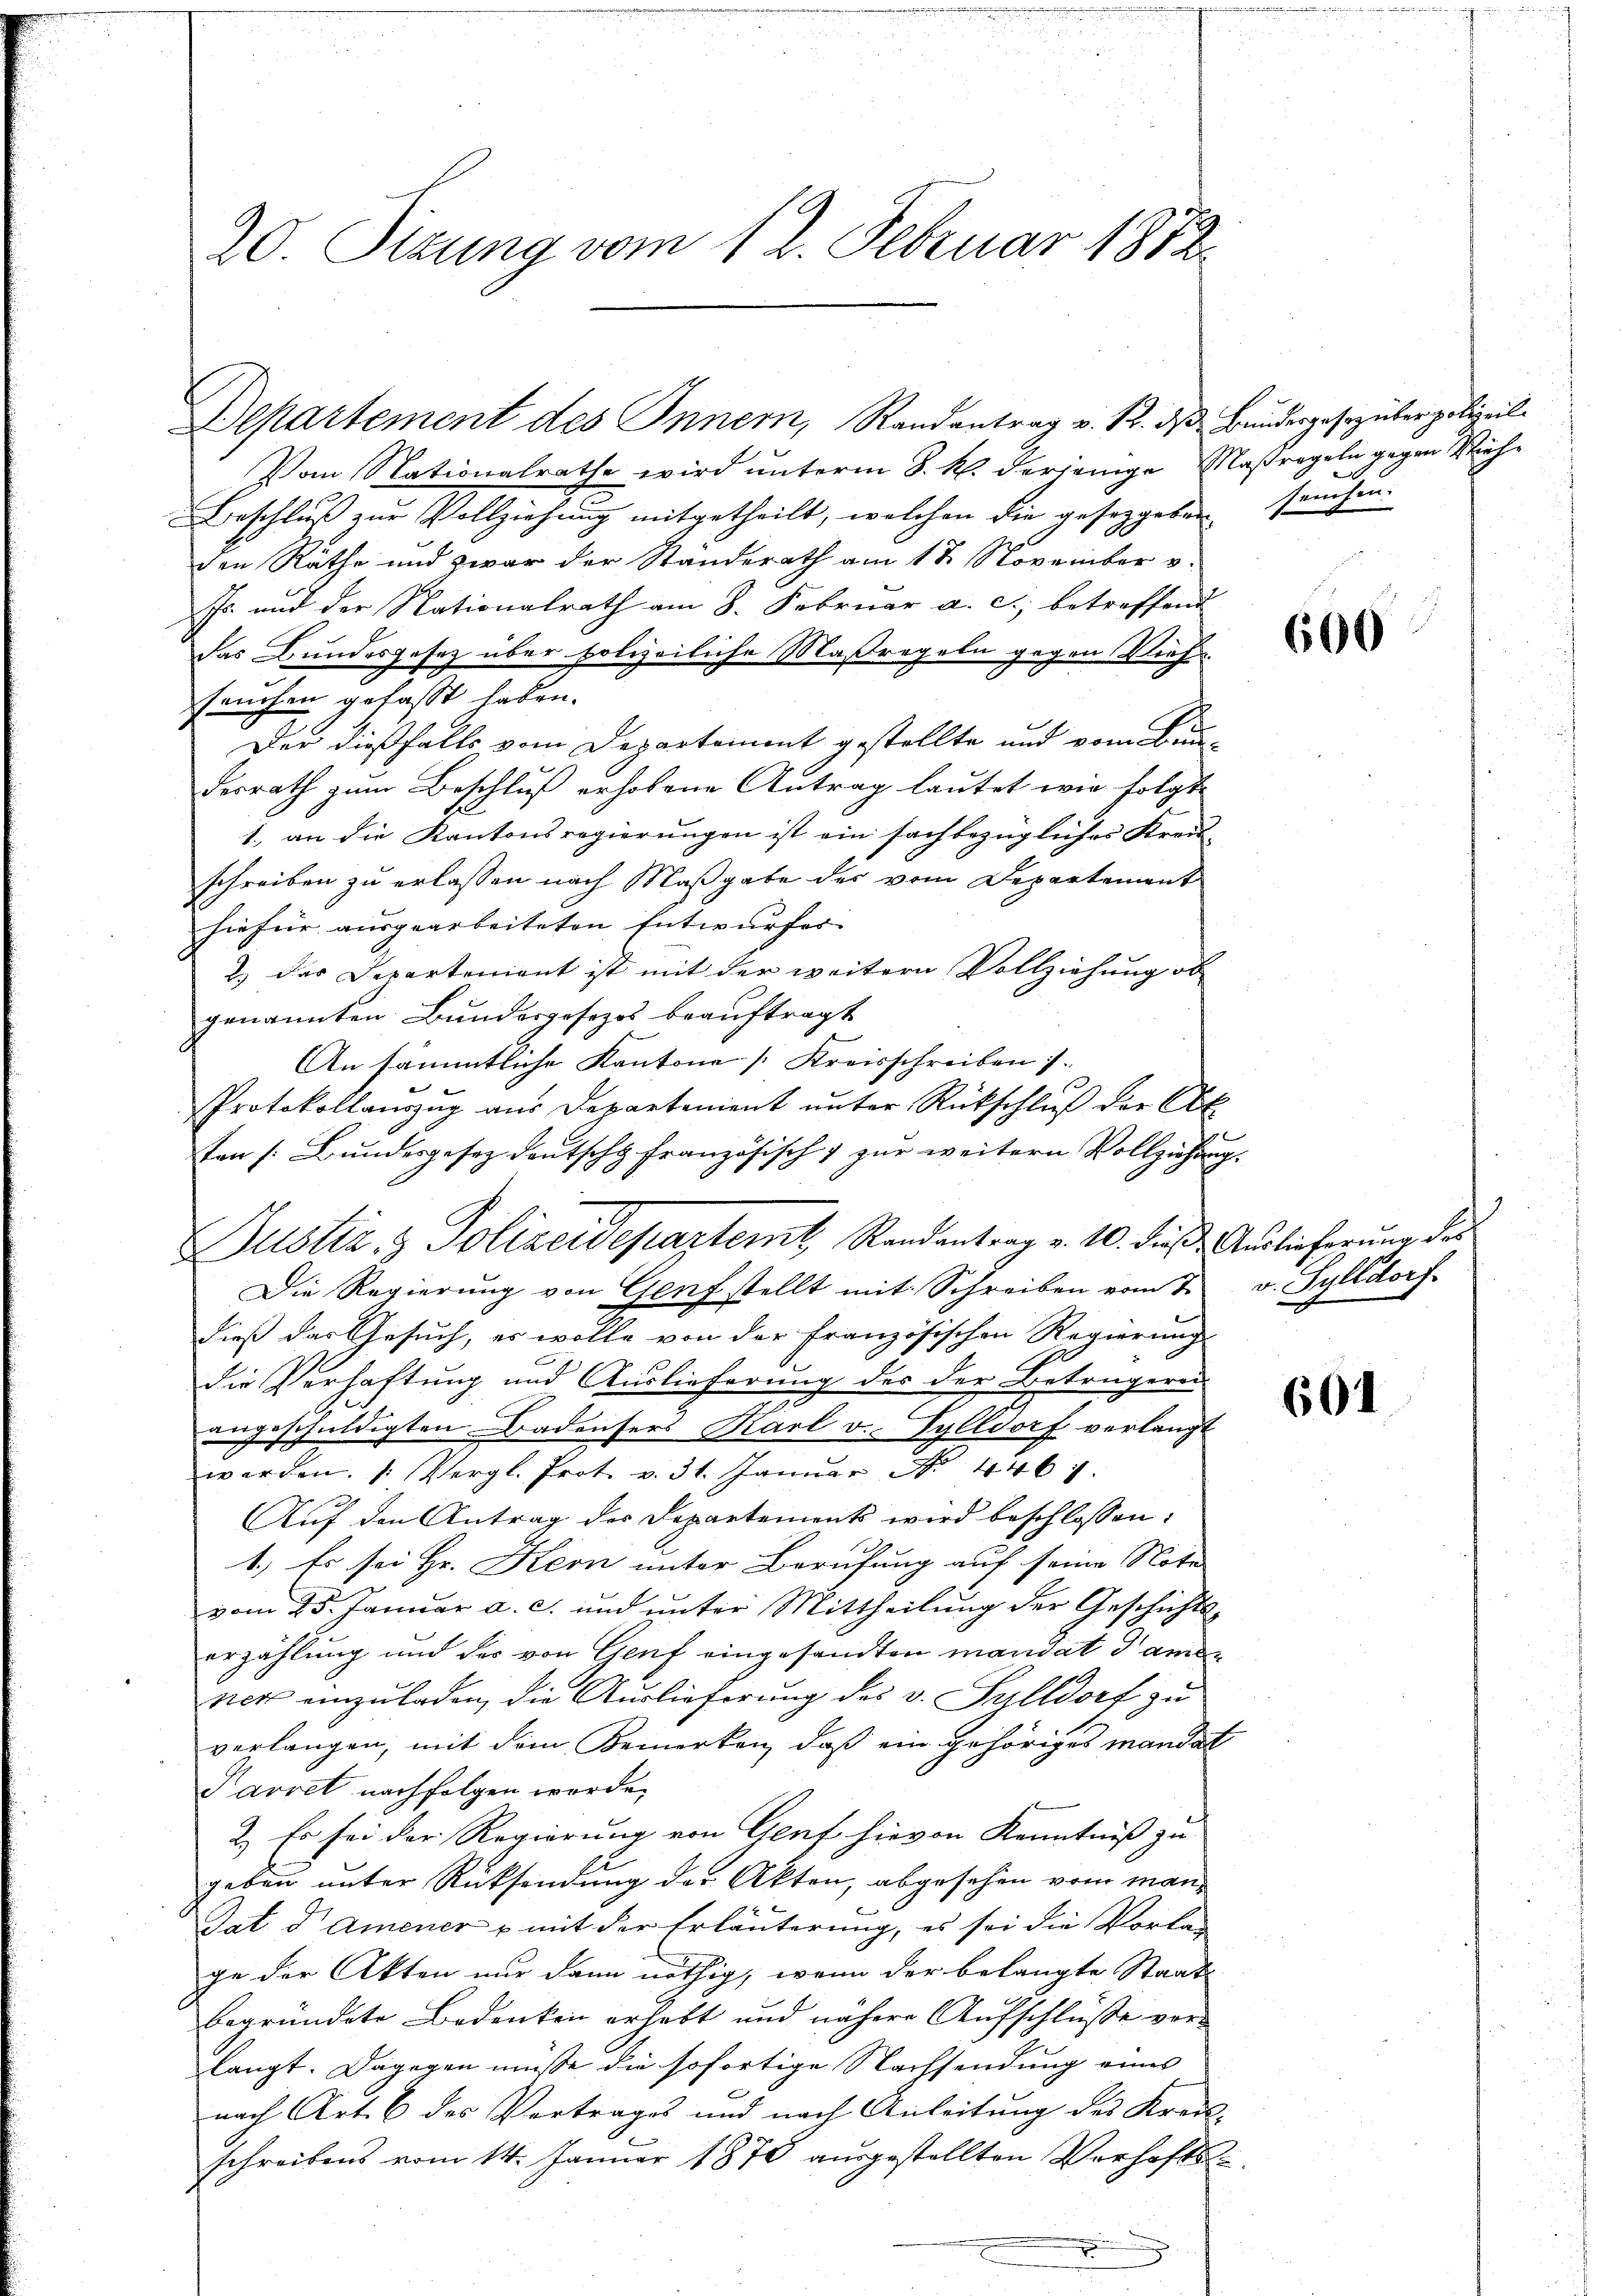
Vom Nationalrathe wird unterm 8. M. derjenige Maßregeln gegen Viehe
Beschluß zur Vollziehung mitgetheilt, welchen die geseggeben sanchen.
den Räthe und zwar der Ständerath am 18. November v.
Js. und der Nationalrath am 8. Februar a. c., betreffend
das Bundesgesetz über polizeiliche Maßregeln gegen Viehfruchen gefaßt haben.
Der dießfalls vom Departement gestellte und vom Bun-
derrath zum Beschluß erhobene Antrag lautet wie folgt
1. an die Kantonsregierungen ist ein sachbezügliches Kreis-
schreiben zu erlassen nach Maßgabe des vom Departement
hiefür ausgearbeiteten Entwurfes |
2) der Departement ist mit der weitern Vollziehung ob
genannten Bundesgesezes beauftragt
An sämmtliche Kantone (Kreisschreiben 1.
Protokollaŭszŭg aŭs Departement ŭnter Rückschlŭβ der Abt
ten s. Bundesgesez deutscht französisch & zur weitern Vollziehung.
Justiz & Polizeidepartemt, Randantrag v. 10. dieß. Auslieferung des
Die Regierung von Genf stellt mit Schreiben vom 7.
dieß das Gesuch, er wolle von der französischen Regierung
die Verhaftung und Auslieferung des der Betrugerei
angeschuldigten Badensers Karl v. Tylldorf verlangt
werden. /: Vergl. Prot. v. 31. Januar No. 4467.
Auf den Antrag des Departements wird beschlossen:
1.) Es sei Hr. Kern unter Berufung auf seine Note
vom 25. Januar a. c. und unter Mittheilung der Geschichtserzählung und der von Genf eingesandten mandat dam
ner einzuladen, die Auslieferung des v. Salldorf zu
verlangen, mit dem Bemerken, daß ein gehöriges mandat
Parret nachfolgen worde.
2.) Es sei der Regierung von Genf hievon Kenntniß zu
A
geben unter Rücksendung der Akten, abgesehen vom man¬
Tat d. Amener & mit der Erläuterung, es sei die Vorlag
ge der Akten nur dann nöthig, wenn der belangte Staats
begründete Bedenken erhebt und nähere Aufschlüsse vor-
langt. Dagegen müsse die sofortige Nachsendung eines
nach Art. 6 des Vortrages und nach Anleitŭng des Kreis-
schreibens vom 14. Januar 1878 aŭsgestellten Verhafts-

20. Sizung vom 12. Februar 1872.

Departement des Inner, Randantrag v. R. d. Bunderposezüber polizeil

f

600

v. Sylldorf.

601